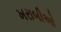
ખરાબીઓ